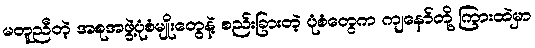
မတူညီတဲ့ အစုအဖွဲ့ပုံစံမျိုးတွေနဲ့ စည်းခြားတဲ့ ပုံစံတွေက ကျနော်တို့ ကြားထဲမှာ